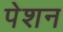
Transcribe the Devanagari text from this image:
पेशन